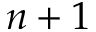
n + 1